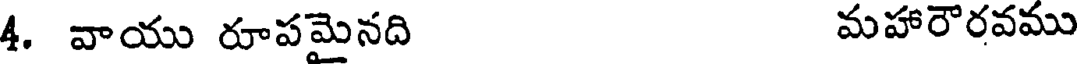
4. వాయు రూపమైనది మహారౌరవము